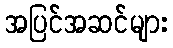
အပြင်အဆင်များ